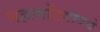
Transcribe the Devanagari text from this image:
महागोंडगावचे